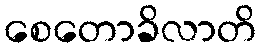
စေတောခိလာတိ